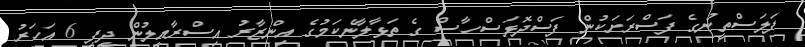
ފަލަސްތީނުގެ ފަސްރަށަކުން ފަސްދޮޅަސްހާސް ގެ ތަޅާލާނެކަމުގެ އިންޒާރު އިސްރާއީލުން ދީފި 6 އަހަރު